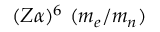
~ ~ ~ ( Z \alpha ) ^ { 6 } ~ ( m _ { e } / m _ { n } )